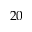
2 0